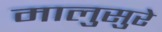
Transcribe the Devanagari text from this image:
मालुसुरे